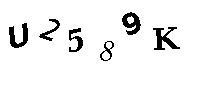
U2589K